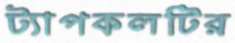
ট্যাপকলটির